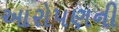
આરોપણની